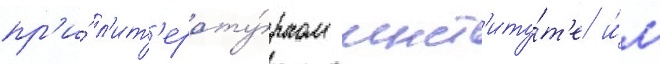
пр'и́ л'ит'ерату́рном инст'иту́т'е и́м